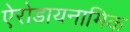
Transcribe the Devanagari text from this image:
ऐरोडायनामिक